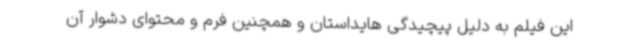
این فیلم به دلیل پیچیدگی هایداستان و همچنین فرم و محتوای دشوار آن